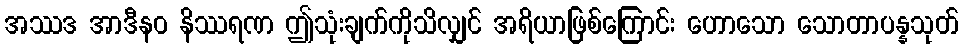
အဿဒ အာဒီနဝ နိဿရဏ ဤသုံးချက်ကိုသိလျှင် အရိယာဖြစ်ကြောင်း ဟောသော သောတာပန္နသုတ်